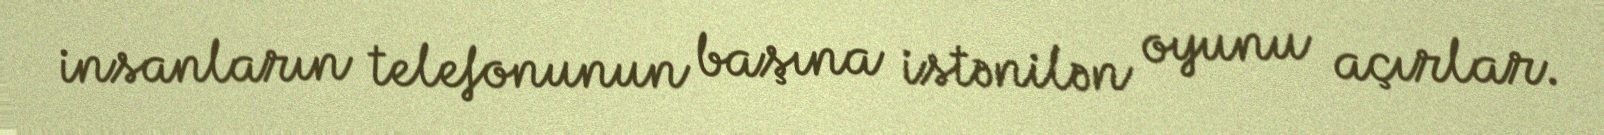
insanların telefonunun başına istənilən oyunu açırlar.